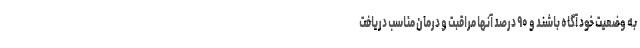
به وضعیت خود آگاه باشند و ۹۰ درصد آنها مراقبت و درمان مناسب دریافت